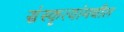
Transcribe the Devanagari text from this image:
संस्कृत्यांमधील